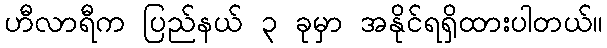
ဟီလာရီက ပြည်နယ် ၃ ခုမှာ အနိုင်ရရှိထားပါတယ်။